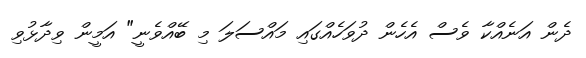
ދެން އަނެއްކާ ވެސް އެހެން ދުވަހެއްގައި މައްސަލަ މި ބޭއްވެނީ" އަމީން ވިދާޅުވި